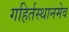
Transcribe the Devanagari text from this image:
गहिर्तस्थानमेव